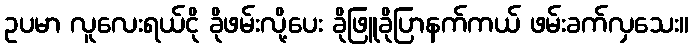
ဥပမာ လူလေးရယ်ငို ခိုဖမ်းလို့ပေး ခိုဖြူခိုပြာနက်ကယ် ဖမ်းခက်လှသေး။